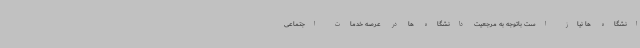
انشگاه ها نیاز است باتوجه به مرجعیت دانشگاه ها در عرصه خدمات اجتماعی